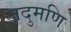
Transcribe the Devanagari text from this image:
जदुमणि